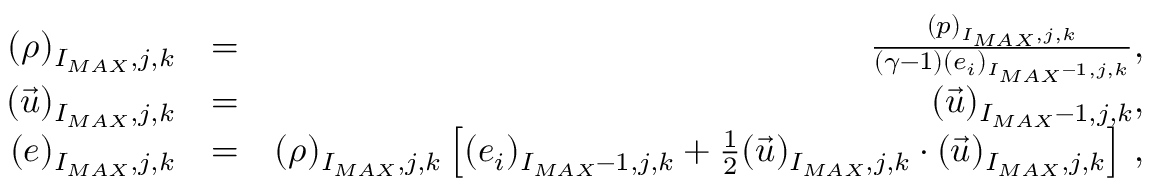
\begin{array} { r l r } { { ( \rho ) _ { I _ { M A X } , j , k } } } & { { = } } & { { \frac { ( p ) _ { I _ { M A X } , j , k } } { ( \gamma - 1 ) ( e _ { i } ) _ { I _ { M A X } - 1 , j , k } } \mathrm { , } } } \\ { { ( \vec { u } ) _ { I _ { M A X } , j , k } } } & { { = } } & { { ( \vec { u } ) _ { I _ { M A X } - 1 , j , k } \mathrm { , } } } \\ { { ( e ) _ { I _ { M A X } , j , k } } } & { { = } } & { { ( \rho ) _ { I _ { M A X } , j , k } \left[ ( e _ { i } ) _ { I _ { M A X } - 1 , j , k } + \frac { 1 } { 2 } ( \vec { u } ) _ { I _ { M A X } , j , k } \cdot ( \vec { u } ) _ { I _ { M A X } , j , k } \right] \, \mathrm { , } } } \end{array}